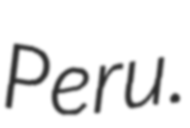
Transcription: Peru.